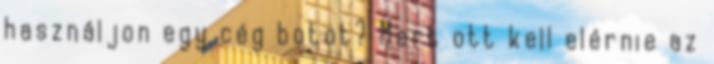
használjon egy cég botot? Mert ott kell elérnie az